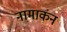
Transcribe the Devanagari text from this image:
नामाकंन